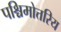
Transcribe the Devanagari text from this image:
पश्चिमोत्तरिय